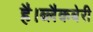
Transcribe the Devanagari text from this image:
है।ब्लैकबेरी